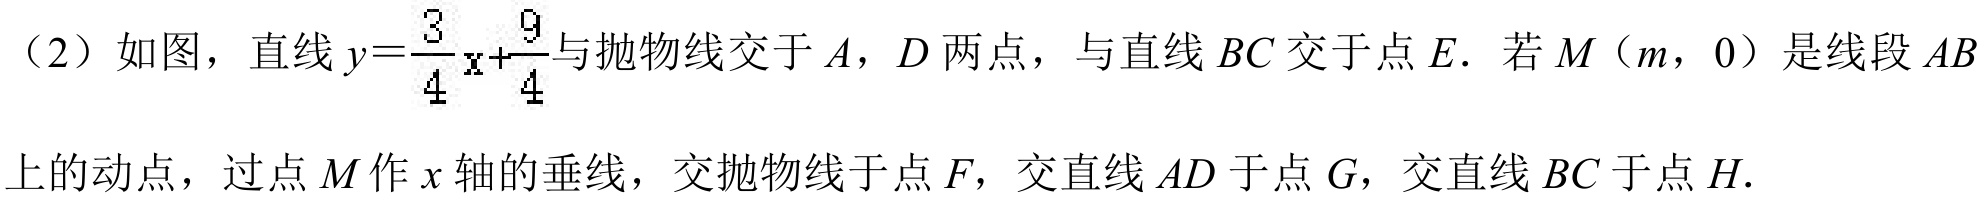
（2）如图，直线\(y = \frac{3}{4}x+\frac{9}{4}\)与抛物线交于\(A\)，\(D\)两点，与直线\(BC\)交于点\(E\)．若\(M(m,0)\)是线段\(AB\)
上的动点，过点\(M\)作\(x\)轴的垂线，交抛物线于点\(F\)，交直线\(AD\)于点\(G\)，交直线\(BC\)于点\(H\)．